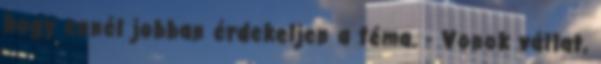
hogy ennél jobban érdekeljen a téma. - Vonok vállat,